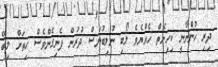
ދިރި ހުންނާނީ ކިހިނެތް ހެއްޔެވެ ލޯބި ނުލިބުނަސް ދުރުން ފެނިގެންވެސް ހިތަށް ލިބޭ